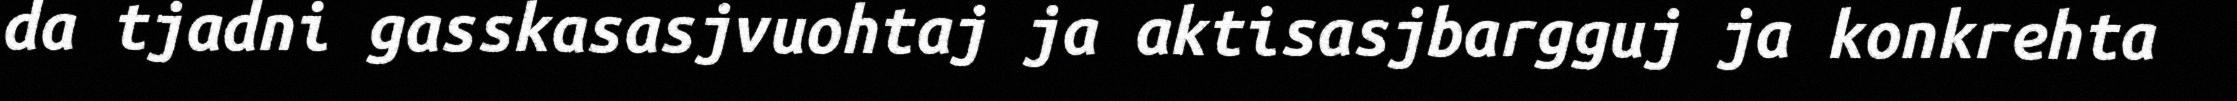
da tjadni gasskasasjvuohtaj ja aktisasjbargguj ja konkrehta